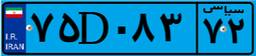
۹۱D۴۶۶۲۰